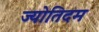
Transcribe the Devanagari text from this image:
ज्योतिदम